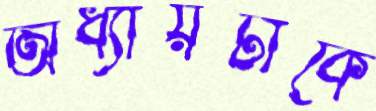
অধ্যায়টাকে